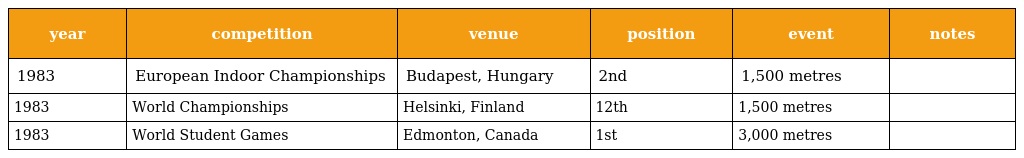
| year | competition | venue | position | event | notes |
 | --- | --- | --- | --- | --- | --- |
 | 1983 | European Indoor Championships | Budapest, Hungary | 2nd | 1,500 metres |  |
 | 1983 | World Championships | Helsinki, Finland | 12th | 1,500 metres |  |
 | 1983 | World Student Games | Edmonton, Canada | 1st | 3,000 metres |  |